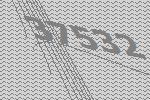
37532